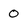
Character: 0